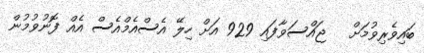
ބައިވެރިވުމަށް   ޖައްސަވާފައި 929 އަށް ހިލޭ އެސްއެމްއެސް އެއް ފޮނުވުމުން